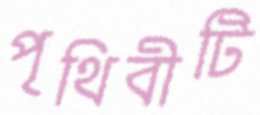
পৃথিবীটি